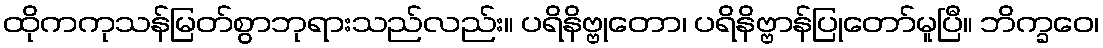
ထိုကကုသန်မြတ်စွာဘုရားသည်လည်း။ ပရိနိဗ္ဗုတော၊ ပရိနိဗ္ဗာန်ပြုတော်မူပြီ။ ဘိက္ခဝေ၊